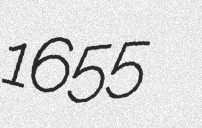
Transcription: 1655